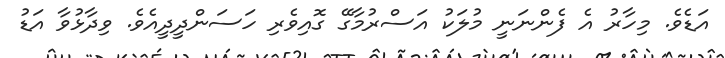
އަޑެވެ. މިހާރު އެ ފެންނަނީ މުލަކު އަސްރުމާގޭ ގޮއިވެރި ހަސަންދީދީއެވެ. ވިދާޅުވާ އަޑު